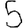
Digit: 5